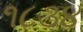
૧૮૩૪